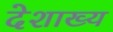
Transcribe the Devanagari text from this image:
देशाख्य